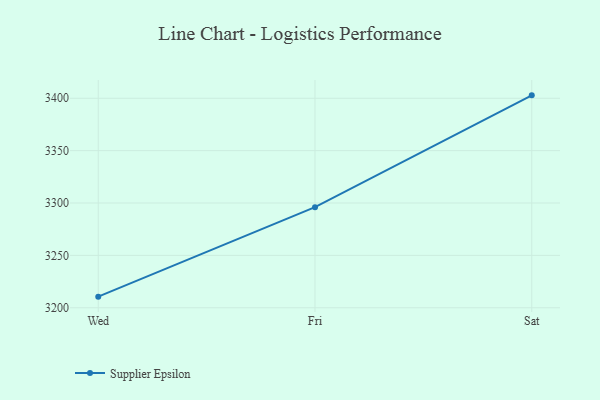
{"axis": {"x": "Day", "y": "Tickets Resolved"}, "legend": ["Supplier Epsilon"], "data": [{"x": "Wed", "y": 3210.6, "type": "Supplier Epsilon"}, {"x": "Fri", "y": 3296.0, "type": "Supplier Epsilon"}, {"x": "Sat", "y": 3402.8, "type": "Supplier Epsilon"}]}